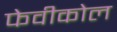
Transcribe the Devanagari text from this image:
फेवीकोल